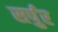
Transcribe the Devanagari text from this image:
सर्पुर